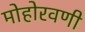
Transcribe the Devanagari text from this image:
मोहोरवणी